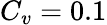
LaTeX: C_{v}=0.1